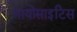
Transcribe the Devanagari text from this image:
मायोसाइटिस